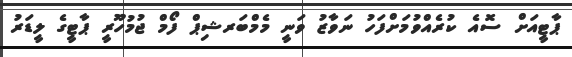
ޕާޓީއަށް ސޮއެ ކުރެއްވުމަށްފަހު ނަވާޒު ވަނީ މެމްބަރޝިޕް ފޯމް ޖުމުހޫރީ ޕާޓީގެ ލީޑަރު